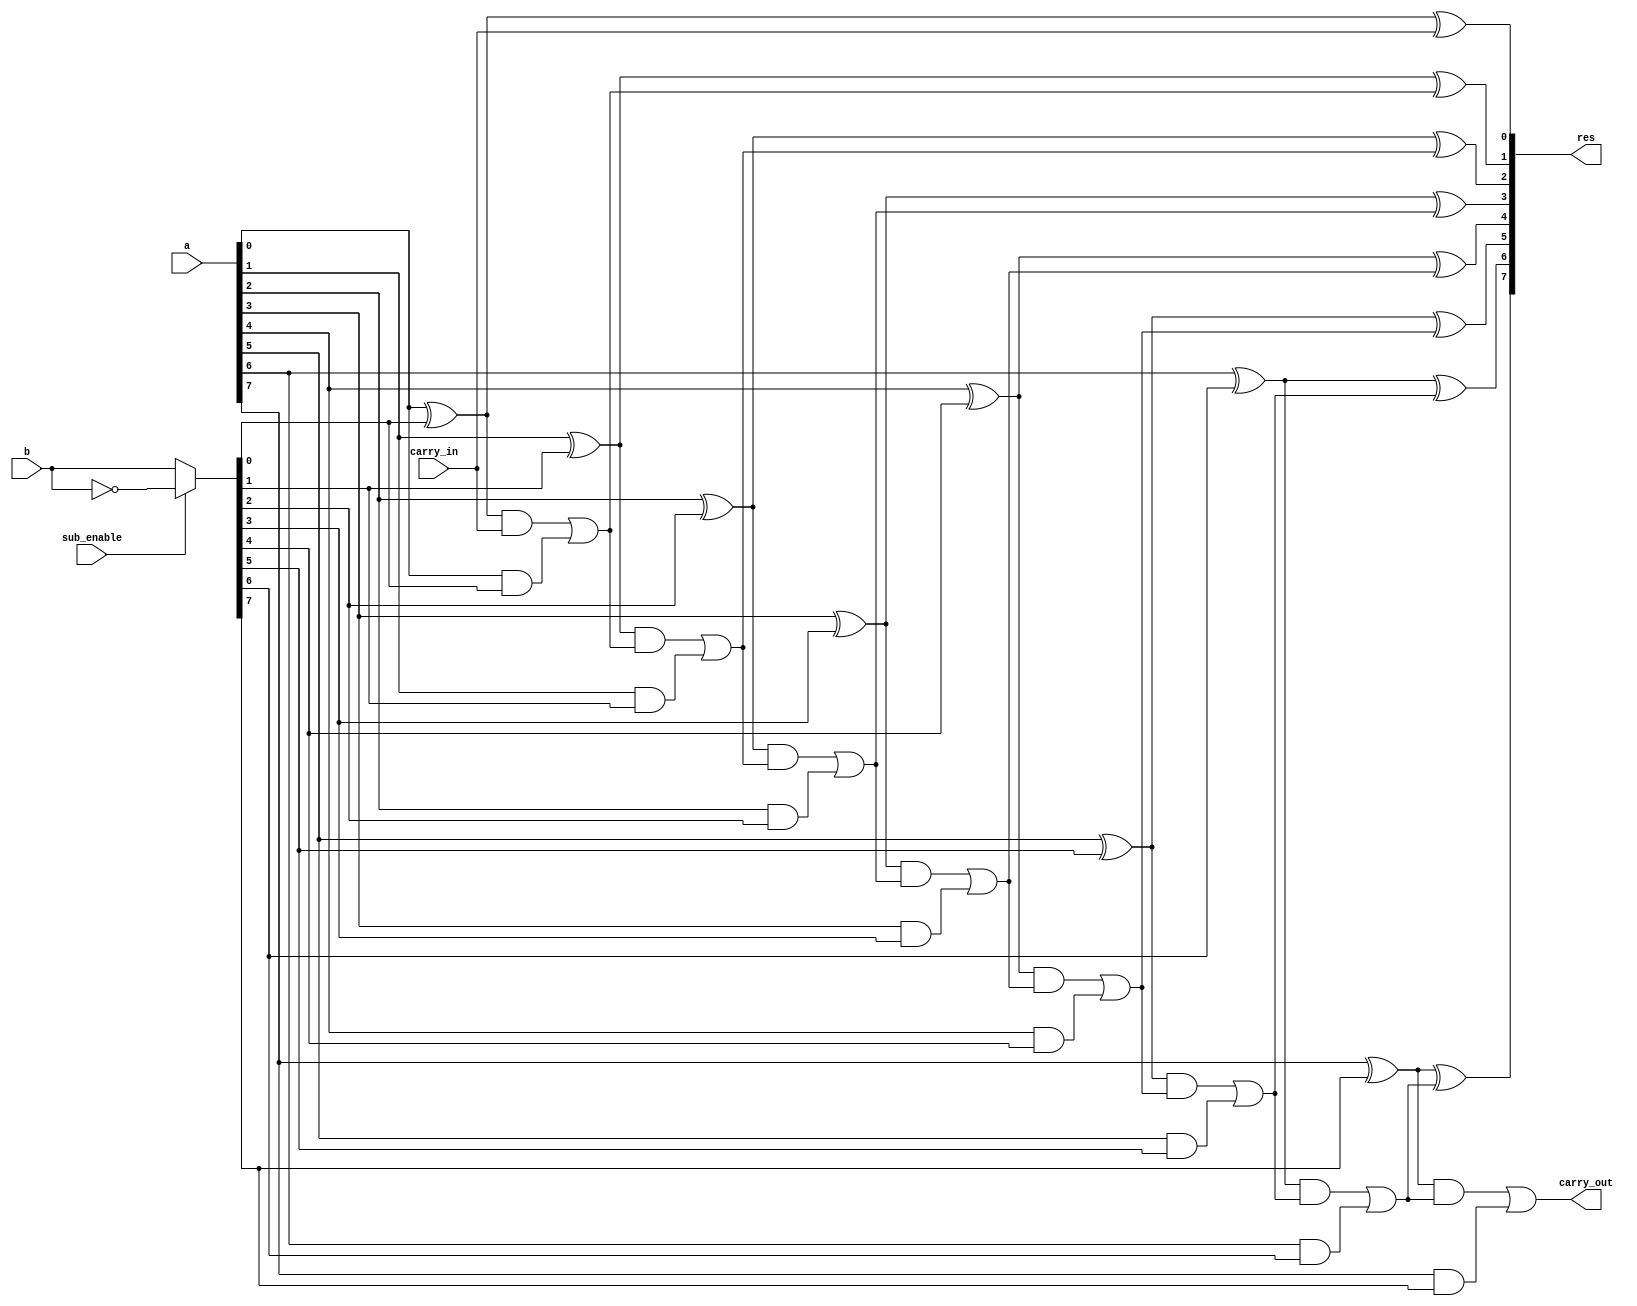
module fadder(
  input [WIDTH-1 : 0] a,
  input [WIDTH - 1 : 0] b,
  input sub_enable,
  input carry_in,
  output [WIDTH - 1 : 0] res,
  output carry_out);

  parameter WIDTH = 8;
  wire [WIDTH - 1 : 0] carry;
  wire [WIDTH - 1 : 0] b_in;

  assign carry_out = carry[WIDTH-1];
  assign b_in = sub_enable ? ~(b) : b;

  genvar i;
  generate
    for (i = 0; i < WIDTH; i = i + 1) begin
      if (i == 0) begin
        assign res[i] = (a[i] ^ b_in[i]) ^ carry_in;
        assign carry[i] = ((a[i] ^ b_in[i]) & carry_in) | (a[i] & b_in[i]);
      end else begin
        assign res[i] = (a[i] ^ b_in[i]) ^ carry[i-1];
        assign carry[i] = ((a[i] ^ b_in[i]) & carry[i-1]) | (a[i] & b_in[i]);
      end
    end
  endgenerate

endmodule